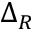
\Delta _ { R }